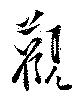
觀